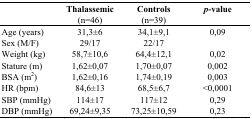
<table><thead><tr><td></td><td><b>Thalassemic (n=46)</b></td><td><b>Controls (n=39)</b></td><td><b><i>p</i>-value</b></td></tr></thead><tbody><tr><td>Age (years)</td><td>31,3±6</td><td>34,1±9,1</td><td>0,09</td></tr><tr><td>Sex (M/F)</td><td>29/17</td><td>22/17</td><td></td></tr><tr><td>Weight (kg)</td><td>58,7±10,6</td><td>64,4±12,1</td><td>0,02</td></tr><tr><td>Stature (m)</td><td>1,62±0,07</td><td>1,70±0,07</td><td>0,002</td></tr><tr><td>BSA (m<sup>2</sup>)</td><td>1,62±0,16</td><td>1,74±0,19</td><td>0,003</td></tr><tr><td>HR (bpm)</td><td>84,6±13</td><td>68,5±6,7</td><td>&lt;0,0001</td></tr><tr><td>SBP (mmHg)</td><td>114±17</td><td>117±12</td><td>0,29</td></tr><tr><td>DBP (mmHg)</td><td>69,24±9,35</td><td>73,25±10,59</td><td>0,23</td></tr></tbody></table>